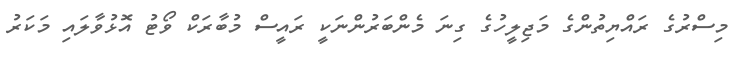
މިސްރުގެ ރައްޔިތުންގެ މަޖިލީހުގެ ގިނަ މެންބަރުންނަކީ ރައީސް މުބާރަކް ވޯޓު އޮޅުވާލައި މަކަރު